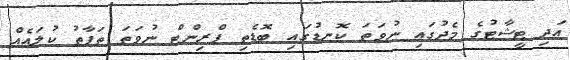
އަދި ޓީޝާޓުގެ މެދުގައި ނުވަތަ ކޮނޑުގައި ބޮޑެތި ޕްރިންޓް ނުވަތަ ތަފާތު ކުލައެއް